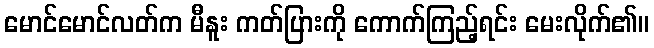
မောင်မောင်လတ်က မီနူး ကတ်ပြားကို ကောက်ကြည့်ရင်း မေးလိုက်၏။